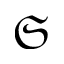
\mathfrak { S }